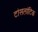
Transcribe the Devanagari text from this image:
टांसलांटिक